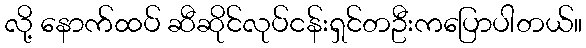
လို့ နောက်ထပ် ဆီဆိုင်လုပ်ငန်းရှင်တဦးကပြောပါတယ်။